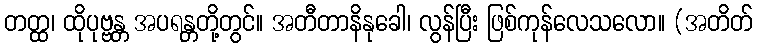
တတ္ထ၊ ထိုပုဗ္ဗန္တ အပရန္တတို့တွင်။ အတီတာနိနုခေါ၊ လွန်ပြီး ဖြစ်ကုန်လေသလော။ (အတိတ်